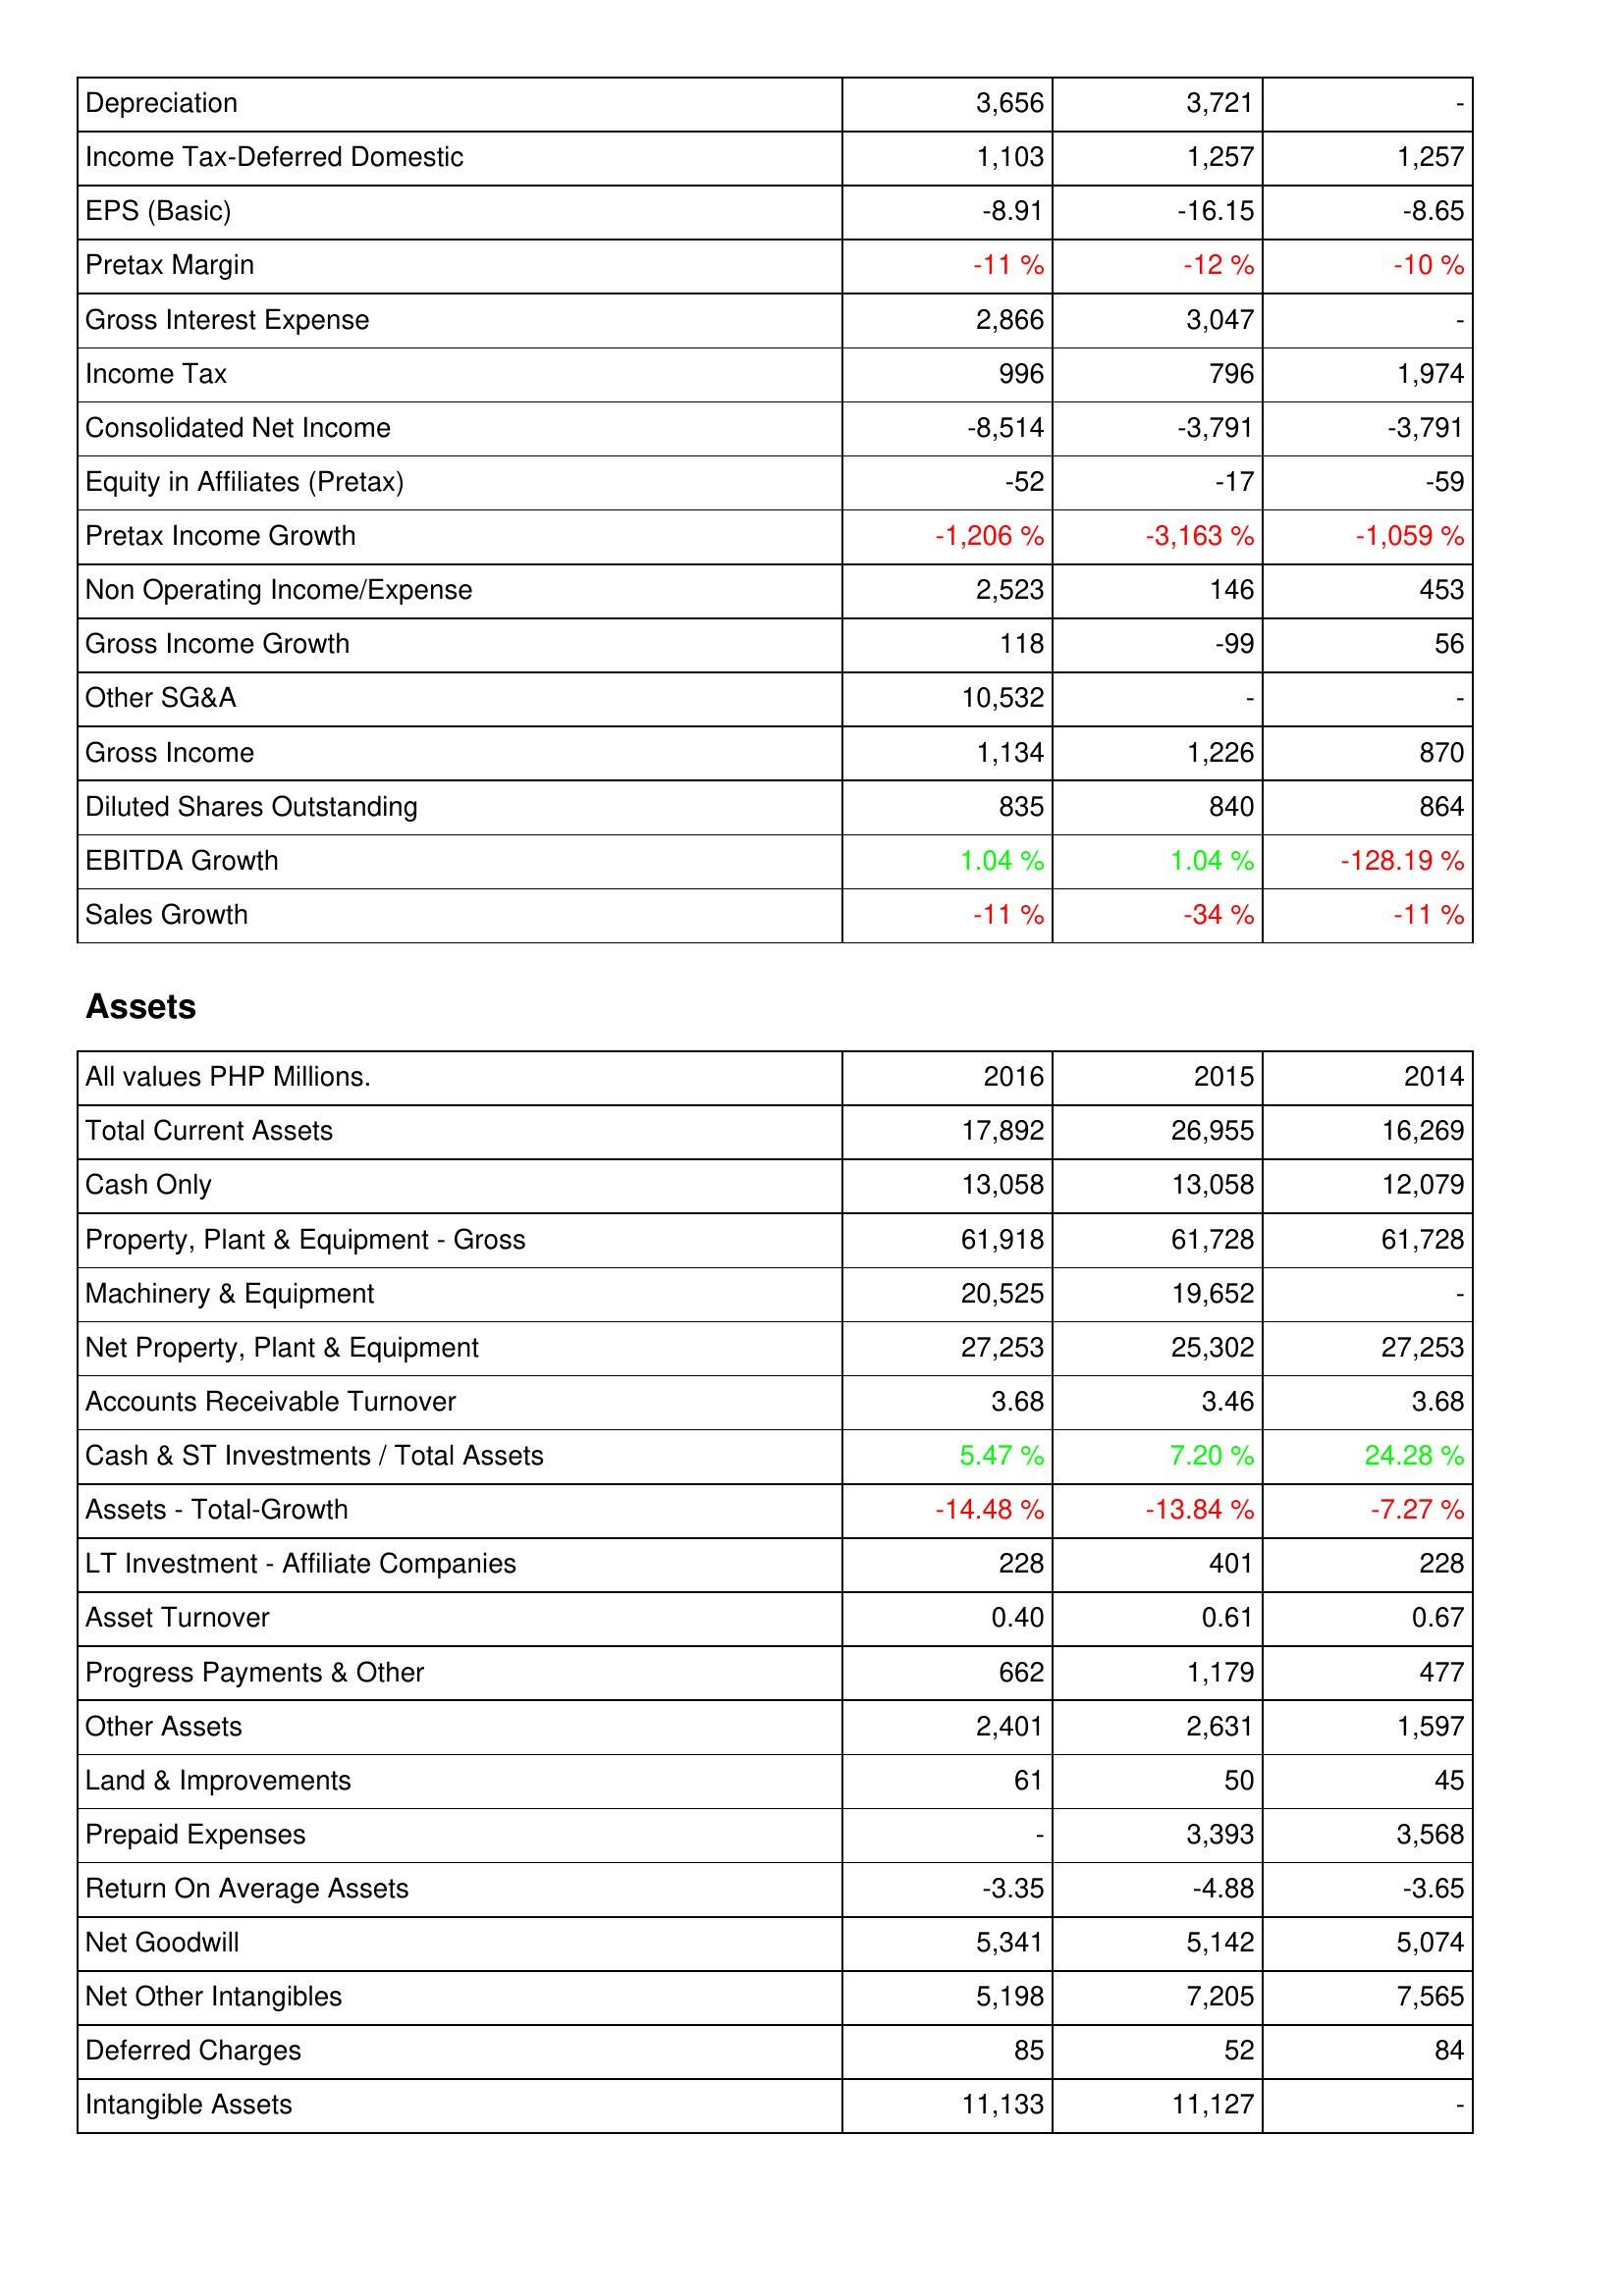
2016: Income Statement: Depreciation: 3,656
Income Tax-Deferred Domestic: 1,103
EPS (Basic): -8.91
Pretax Margin: -11 %
Gross Interest Expense: 2,866
Income Tax: 996
Consolidated Net Income: -8,514
Equity in Affiliates (Pretax): -52
Pretax Income Growth: -1,206 %
Non Operating Income/Expense: 2,523
Gross Income Growth: 118
Other SG&A: 10,532
Gross Income: 1,134
Diluted Shares Outstanding: 835
EBITDA Growth: 1.04 %
Sales Growth: -11 %
Assets: Total Current Assets: 17,892
Cash Only: 13,058
Property, Plant & Equipment - Gross: 61,918
Machinery & Equipment: 20,525
Net Property, Plant & Equipment: 27,253
Accounts Receivable Turnover: 3.68
Cash & ST Investments / Total Assets: 5.47 %
Assets - Total-Growth: -14.48 %
LT Investment - Affiliate Companies: 228
Asset Turnover: 0.40
Progress Payments & Other: 662
Other Assets: 2,401
Land & Improvements: 61
Prepaid Expenses: -
Return On Average Assets: -3.35
Net Goodwill: 5,341
Net Other Intangibles: 5,198
Deferred Charges: 85
Intangible Assets: 11,133
2015: Income Statement: Depreciation: 3,721
Income Tax-Deferred Domestic: 1,257
EPS (Basic): -16.15
Pretax Margin: -12 %
Gross Interest Expense: 3,047
Income Tax: 796
Consolidated Net Income: -3,791
Equity in Affiliates (Pretax): -17
Pretax Income Growth: -3,163 %
Non Operating Income/Expense: 146
Gross Income Growth: -99
Other SG&A: -
Gross Income: 1,226
Diluted Shares Outstanding: 840
EBITDA Growth: 1.04 %
Sales Growth: -34 %
Assets: Total Current Assets: 26,955
Cash Only: 13,058
Property, Plant & Equipment - Gross: 61,728
Machinery & Equipment: 19,652
Net Property, Plant & Equipment: 25,302
Accounts Receivable Turnover: 3.46
Cash & ST Investments / Total Assets: 7.20 %
Assets - Total-Growth: -13.84 %
LT Investment - Affiliate Companies: 401
Asset Turnover: 0.61
Progress Payments & Other: 1,179
Other Assets: 2,631
Land & Improvements: 50
Prepaid Expenses: 3,393
Return On Average Assets: -4.88
Net Goodwill: 5,142
Net Other Intangibles: 7,205
Deferred Charges: 52
Intangible Assets: 11,127
2014: Income Statement: Depreciation: -
Income Tax-Deferred Domestic: 1,257
EPS (Basic): -8.65
Pretax Margin: -10 %
Gross Interest Expense: -
Income Tax: 1,974
Consolidated Net Income: -3,791
Equity in Affiliates (Pretax): -59
Pretax Income Growth: -1,059 %
Non Operating Income/Expense: 453
Gross Income Growth: 56
Other SG&A: -
Gross Income: 870
Diluted Shares Outstanding: 864
EBITDA Growth: -128.19 %
Sales Growth: -11 %
Assets: Total Current Assets: 16,269
Cash Only: 12,079
Property, Plant & Equipment - Gross: 61,728
Machinery & Equipment: -
Net Property, Plant & Equipment: 27,253
Accounts Receivable Turnover: 3.68
Cash & ST Investments / Total Assets: 24.28 %
Assets - Total-Growth: -7.27 %
LT Investment - Affiliate Companies: 228
Asset Turnover: 0.67
Progress Payments & Other: 477
Other Assets: 1,597
Land & Improvements: 45
Prepaid Expenses: 3,568
Return On Average Assets: -3.65
Net Goodwill: 5,074
Net Other Intangibles: 7,565
Deferred Charges: 84
Intangible Assets: -